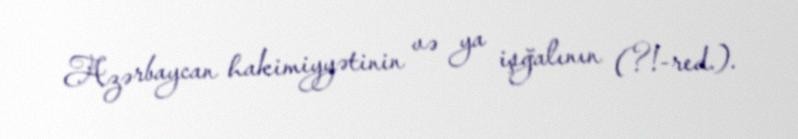
Azərbaycan hakimiyyətinin və ya işğalının (?!-red.).